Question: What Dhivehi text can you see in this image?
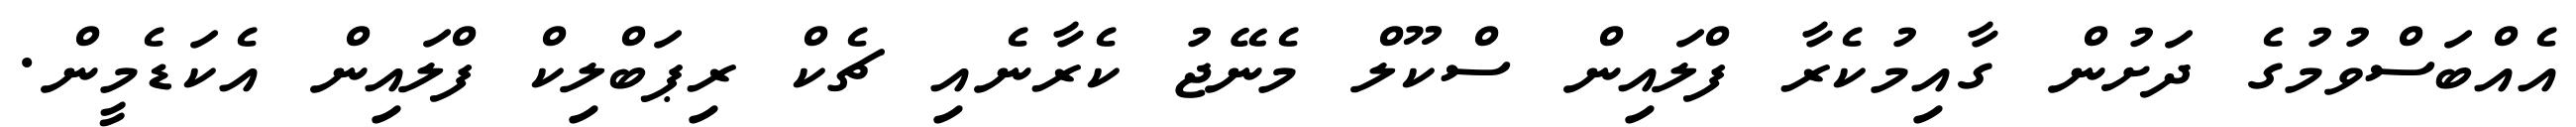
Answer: އެއްބަސްވުމުގެ ދަށުން ގާއިމުކެރާ ފްލައިން ސްކޫލް މެނޭޖު ކެރާނެއި ޗެކް ރިޕަބްލިކް ފްލައިން އެކަޑެމީން.